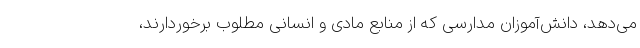
می‌دهد، دانش‌آموزان مدارسی که از منابع مادی و انسانی مطلوب برخوردارند،